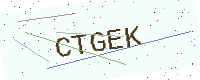
Text: CTGEK